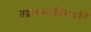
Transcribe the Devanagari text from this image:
तद्वत्समपश्चिमगानि